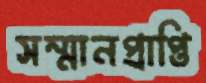
সম্মানপ্রাপ্তি